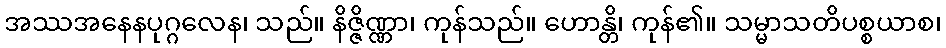
အဿအနေနပုဂ္ဂလေန၊ သည်။ နိဇ္ဇိဏ္ဏာ၊ ကုန်သည်။ ဟောန္တိ၊ ကုန်၏။ သမ္မာသတိပစ္စယာစ၊